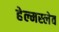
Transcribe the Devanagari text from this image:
हेल्मस्लेव